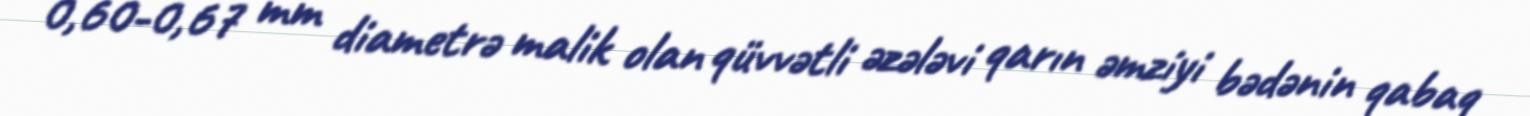
0,60-0,67 mm diametrə malik olan qüvvətli əzələvi qarın əmziyi bədənin qabaq